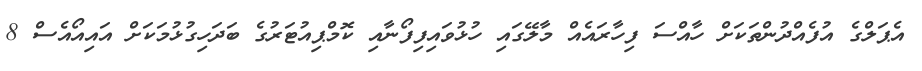
އެޕަލްގެ އުފެއްދުންތަކަށް ހާއްސަ ފިހާރައެއް މާލޭގައި ހުޅުވައިފިފޯނާއި ކޮމްޕިއުޓަރުގެ ބަދަހިގުޅުމަކަށް އައިއޯއެސް 8